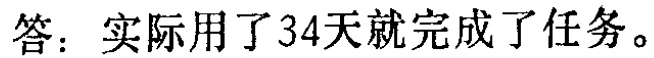
答：实际用了34天就完成了任务。